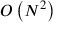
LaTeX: O \left( N ^ { 2 } \right)